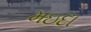
મઇદા